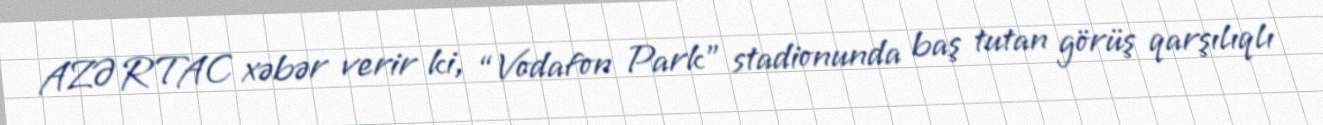
AZƏRTAC xəbər verir ki, “Vodafon Park” stadionunda baş tutan görüş qarşılıqlı